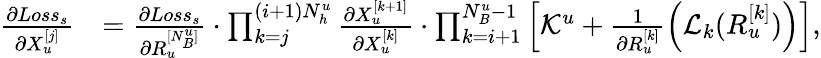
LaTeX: \begin{array}{rl}{\frac{\partial Loss_{s}}{\partial X_{u}^{[j]}}}&{=\frac{\partial Loss_{s}}{\partial R_{u}^{[N_{B}^{u}]}}\cdot\prod_{k=j}^{(i+1)N_{h}^{u}}\frac{\partial X_{u}^{[k+1]}}{\partial X_{u}^{[k]}}\cdot\prod_{k=i+1}^{N_{B}^{u}-1}\left[\mathcal{K}^{u}+\frac{1}{\partial R_{u}^{[k]}}\left(\mathcal{L}_{k}(R_{u}^{[k]})\right)\right],}\end{array}